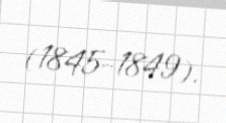
(1845-1849).